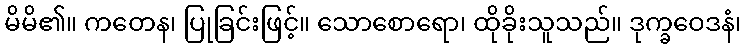
မိမိ၏။ ကတေန၊ ပြုခြင်းဖြင့်။ သောစောရော၊ ထိုခိုးသူသည်။ ဒုက္ခဝေဒနံ၊